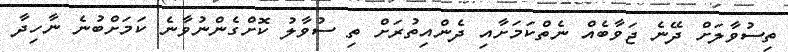
ތިސުވާލަށް ދޭނެ ޖަވާބެއް ނެތްކަމަށާއި ދެންއިތުރަށް ތި ސުވާލު ކޮށްގެންނުވާނެ ކަމަށްބުނެ ނާާހިދާ